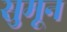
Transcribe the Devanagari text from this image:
सुमून